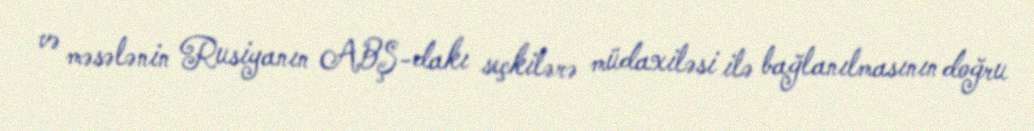
və məsələnin Rusiyanın ABŞ-dakı seçkilərə müdaxiləsi ilə bağlanılmasının doğru